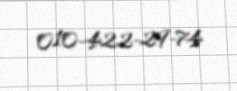
010-422-29-74